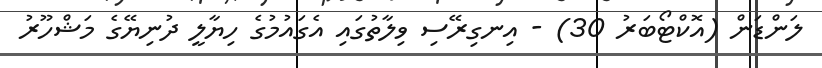
ލަންޑަން (އޮކްޓޯބަރު 30) - އިނގިރޭސި ވިލާތުގައި އެގައުމުގެ ހިޔާލީ ދުނިޔޭގެ މަޝްހޫރު